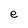
Character: e